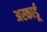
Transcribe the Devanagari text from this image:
अस्कार्डू